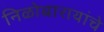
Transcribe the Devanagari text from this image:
निळोबारायांचे